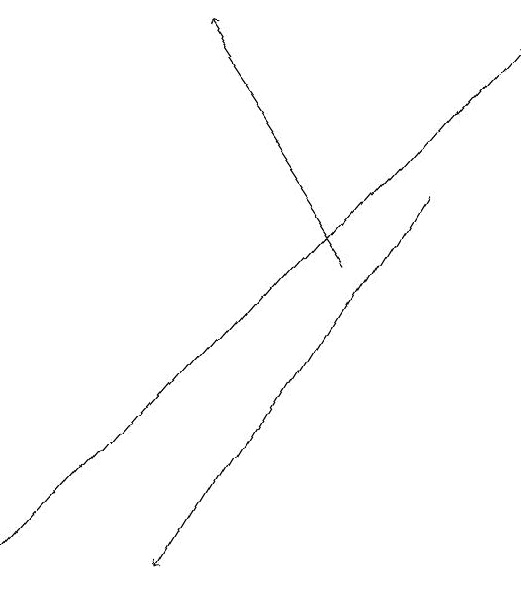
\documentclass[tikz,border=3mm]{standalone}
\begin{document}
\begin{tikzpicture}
\draw[->] (7,15) -- (5,18);
\draw[->] (3,11) -- (9,18);
\draw[->] (8,16) -- (5,11);
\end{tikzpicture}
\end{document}